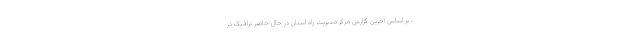
، بر اساس آخرین گزارش مرکز مدیریت راه استان در حال حاضر ترافیک در